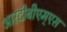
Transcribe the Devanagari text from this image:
आरदीबीएम्एस